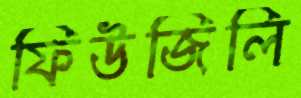
ফিউজিলি